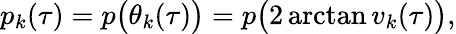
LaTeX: p_{k}(\tau)=p\big(\theta_{k}(\tau)\big)=p\big(2\arctan v_{k}(\tau)\big),